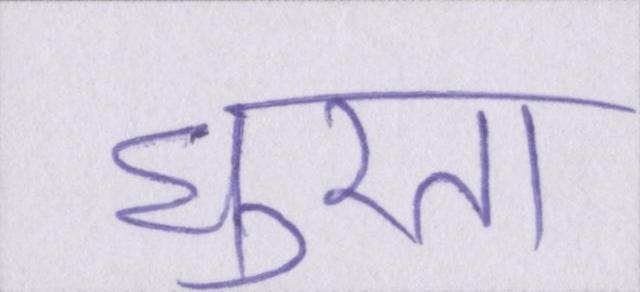
घूरता